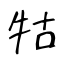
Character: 牯